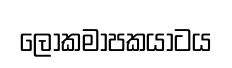
ලෝකමාපකයාටය